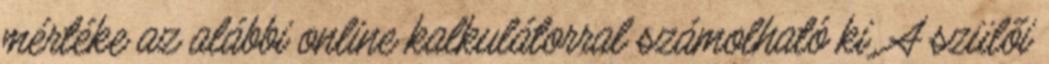
mértéke az alábbi online kalkulátorral számolható ki. A szülői